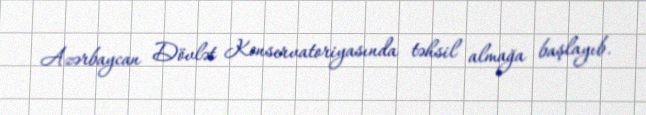
Azərbaycan Dövlət Konservatoriyasında təhsil almağa başlayıb.